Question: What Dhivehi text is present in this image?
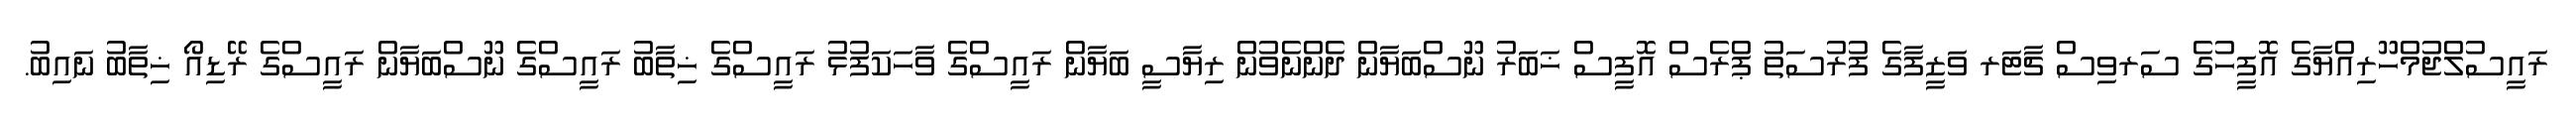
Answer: ރައީސުލްޖުމްހޫރިއްޔާގެ އޮފީހުގެ ސަރވިސް ޗާޓަރ ވަޒީފާގެ ފުރުސަތު ޕްރެސް އޮފީސް ޚަބަރު ނޫސްބަޔާން ދެންނެވުން ރިޔާސީ ބަޔާން ރައީސްގެ ވާހަކަފުޅު ރައީސްގެ ޚިތާބު ރައީސްގެ ނޫސްބަޔާން ރައީސްގެ ރޭޑިއޯ ޚިތާބު ނައިބު.